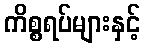
ကိစ္စရပ်များနှင့်